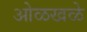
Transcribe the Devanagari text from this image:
ओळखळे